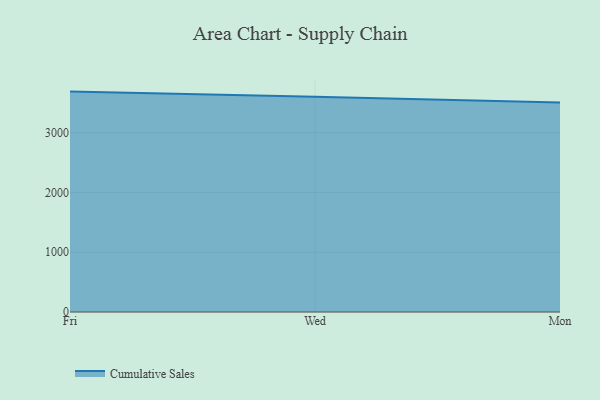
{"axis": {"x": "Day", "y": "Operating Costs (USD K)"}, "legend": ["Cumulative Sales"], "data": [{"x": "Fri", "y": 3689.1, "type": "Cumulative Sales"}, {"x": "Wed", "y": 3603.8, "type": "Cumulative Sales"}, {"x": "Mon", "y": 3504.7, "type": "Cumulative Sales"}]}